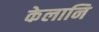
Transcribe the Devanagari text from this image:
केलानि